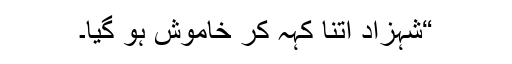
“شہزاد اتنا کہہ کر خاموش ہو گیا۔